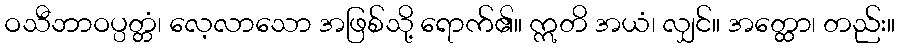
ဝသီဘာဝပ္ပတ္တံ၊ လေ့လာသော အဖြစ်သို့ ရောက်၏။ ဣတိ အယံ၊ လျှင်။ အတ္ထော၊ တည်း။